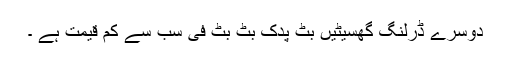
دوسرے ڈرلنگ گھسیٹیں بٹ پدک بٹ بٹ فی سب سے کم قیمت ہے ۔